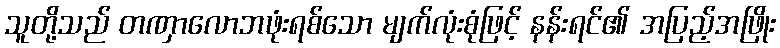
သူတို့သည် တဏှာလောဘဖုံးရစ်သော မျက်လုံးစုံဖြင့် နန်းရင်၏ အပြည့်အဖြိုး